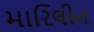
મારિલીન